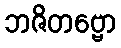
ဘဇိတဗ္ဗော